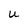
Character: U